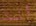
أنت